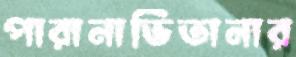
পারানাভিতানার